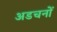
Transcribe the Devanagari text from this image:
अडचनों